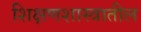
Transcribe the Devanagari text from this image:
शिक्षणशास्त्रातील